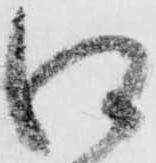
江